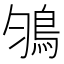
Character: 𩿃